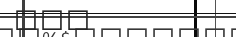
١٢٠